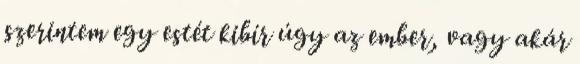
szerintem egy estét kibír úgy az ember, vagy akár